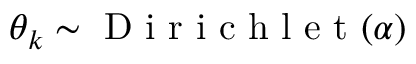
\theta _ { k } \sim \mathrm { ~ D ~ i ~ r ~ i ~ c ~ h ~ l ~ e ~ t ~ } ( \alpha )